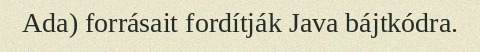
Ada) forrásait fordítják Java bájtkódra.